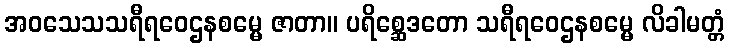
အဝသေသသရီရဝေဌနစမ္မေ ဇာတာ။ ပရိစ္ဆေဒတော သရီရဝေဌနစမ္မေ လိခါမတ္တံ